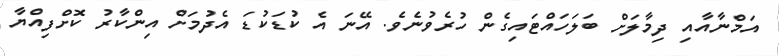
އަމްނާއާއި ދިމާލަށް ބަލަހައްޓައިގެން ހުރެވުނެވެ. އޭނަ އެ ކުޑަކުޑަ އެދުމަށް އިންކާރު ކޮށްފިއްޔާ